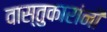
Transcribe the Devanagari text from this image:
वास्तुकारांनी